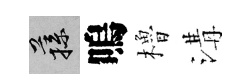
蓀嗚櫓溝